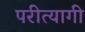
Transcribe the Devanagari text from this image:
परीत्यागी